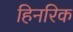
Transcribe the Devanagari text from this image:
हिनरिक